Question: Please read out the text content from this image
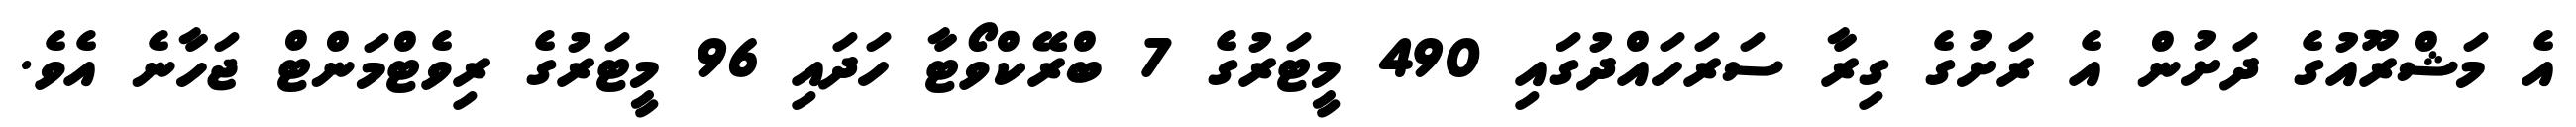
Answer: އެ މަޝްރޫއުގެ ދަށުން އެ ރަށުގެ ގިރާ ސަރަހައްދުގައި 490 މީޓަރުގެ 7 ބްރޭކްވޯޓާ ހަދައި 96 މީޓަރުގެ ރިވެޓްމަންޓް ޖަހާނެ އެވެ.